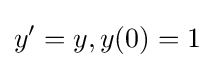
y'=y,y(0)=1